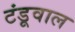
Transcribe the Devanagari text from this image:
टंडूवाल